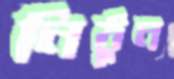
নিঠুন